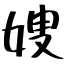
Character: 嫂